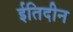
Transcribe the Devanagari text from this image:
ईतिदीन